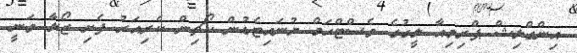
އިންގްލިޝް ޕްރިމިއާ ލީގުގެ ވެސްޓްހަމް ޔުނައިޓެޑުން ކޯޗިން ކެރިއަރު ފެށި ޒޯލާ ވަނީ